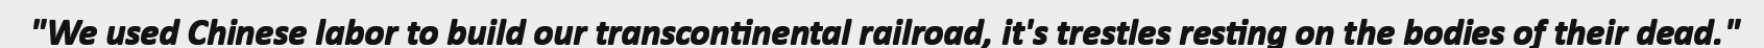
"We used Chinese labor to build our transcontinental railroad, it's trestles resting on the bodies of their dead."